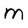
Character: m